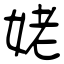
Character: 姥